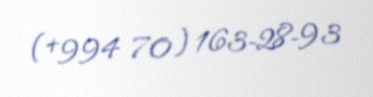
(+994 70) 163-28-93